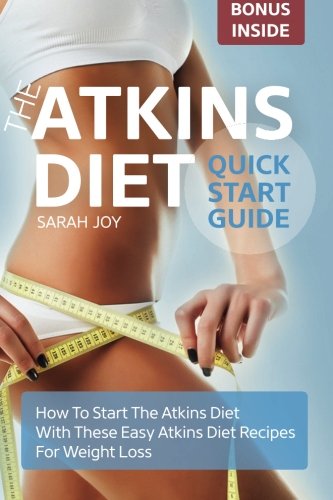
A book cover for Atkins Diet Quickstart Guide: How To Start The Atkins Diet With These Easy Atkins Diet Recipes For Weight Loss; Sarah Joy; Health, Fitness & Dieting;